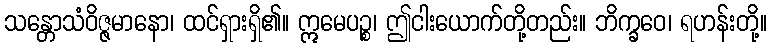
သန္တောသံဝိဇ္ဇမာနော၊ ထင်ရှားရှိ၏။ ဣမေပဉ္စ၊ ဤငါးယောက်တို့တည်း။ ဘိက္ခဝေ၊ ရဟန်းတို့။